Civil Veterinary Department. Madras. Admin. report 1910-25 - 1910-1925
Year: 1910
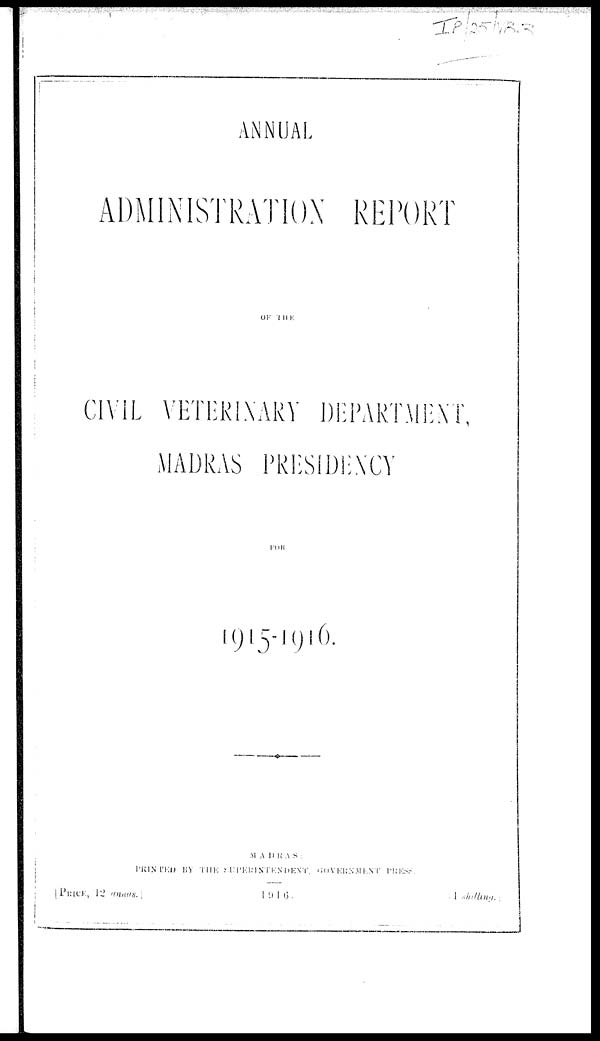
ANNUAL
ADMINISTRATION REPORT
OF
THE
CIVIL VETERINARY DEPARTMENT,
MADRAS PRESIDENCY
FOR
1915-1916 .
MADRAS:
PRINTED BY THE SUPERINTENDENT, GOVERNMENT PRESS.
[PRICE, 12 annas.] 1916. 1 shilliny